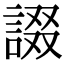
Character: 諁